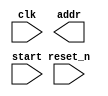
`timescale 1ns / 1ps
//////////////////////////////////////////////////////////////////////////////////
// Company: 
// Engineer: 
// 
// Design Name: 
// Module Name: rom_controller
// Project Name: 
// Target Devices: 
// Tool Versions: 
// Description: 
// 
// Dependencies: 
// 
// Revision:
// Revision 0.01 - File Created
// Additional Comments:
// 
//////////////////////////////////////////////////////////////////////////////////


module rom_controller(
    input clk,
    input reset_n,
    output [9:0] addr,
    input start
    );
endmodule